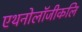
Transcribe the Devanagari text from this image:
एथनोलॉजीकलि